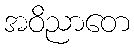
အဝိညာတေ